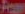
Prom